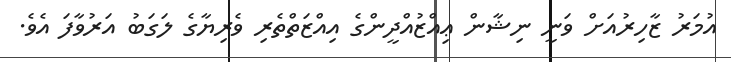
އުމަރު ޒާހިރުއަށް ވަނީ ނިޝާން ޢިއްޒުއްދީންގެ އިއްޒަތްތެރި ވެރިޔާގެ ލަގަބު އަރުވާފަ އެވެ.